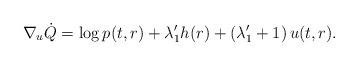
LaTeX: \begin{align*} \nabla_u{\dot{Q}} = \log{p(t,r)} + \lambda'_{1}h(r) + \left(\lambda'_1+1\right)u(t,r).\end{align*}